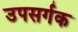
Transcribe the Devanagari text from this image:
उपसर्गक